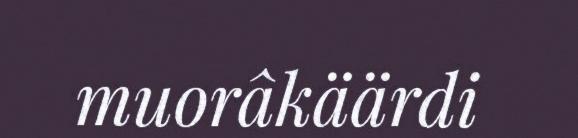
muorâkäärdi